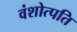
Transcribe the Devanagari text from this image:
वंशोत्पति